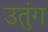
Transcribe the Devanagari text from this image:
उतुंग